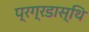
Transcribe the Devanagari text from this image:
प्रग्रडास्थि